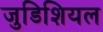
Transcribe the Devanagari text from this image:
जुडिशियल